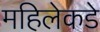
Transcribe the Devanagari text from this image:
महिलेकडे